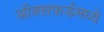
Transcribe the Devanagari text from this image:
ऑक्सफर्डमध्ये